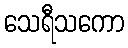
သေရီသကော